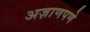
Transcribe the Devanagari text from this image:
अज़ाणपणे